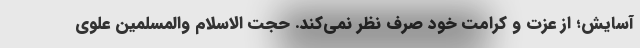
آسایش؛ از عزت و کرامت خود صرف نظر نمی‌کند. حجت الاسلام والمسلمین علوی